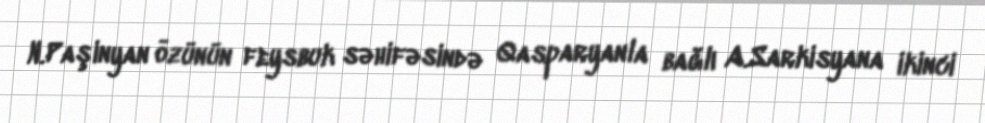
N.Paşinyan özünün feysbuk səhifəsində Qasparyanla bağlı A.Sarkisyana ikinci